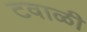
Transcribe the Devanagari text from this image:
टवाळी